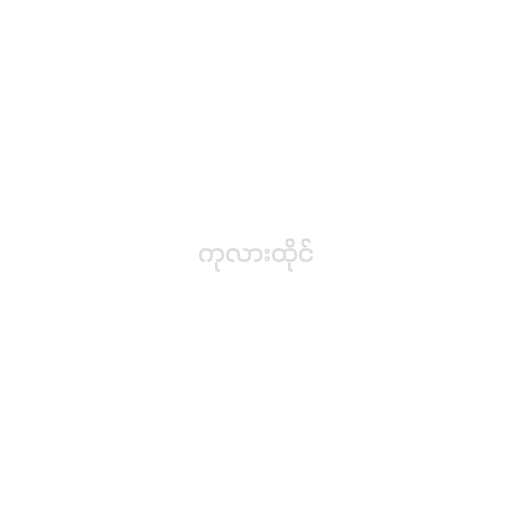
ကုလားထိုင်